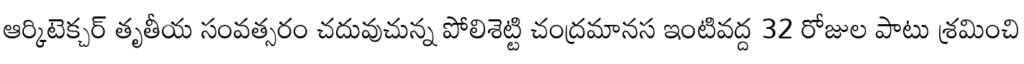
ఆర్కిటెక్చర్ తృతీయ సంవత్సరం చదువుచున్న పోలిశెట్టి చంద్రమానస ఇంటివద్ద 32 రోజుల పాటు శ్రమించి